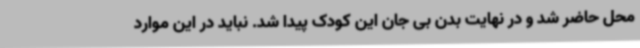
محل حاضر شد و در نهایت بدن بی جان این کودک پیدا شد. نباید در این موارد